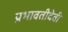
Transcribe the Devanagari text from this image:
प्रभावतीदेवी